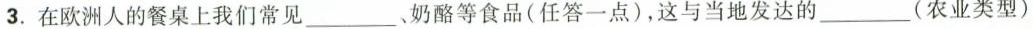
3.在欧洲人的餐桌上我们常见___。奶酪等食品(任答一点)，这与当地发达的___(农业类型)